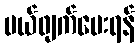
ပယ်ဖျက်ပေးရန်